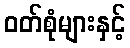
ဝတ်စုံများနှင့်